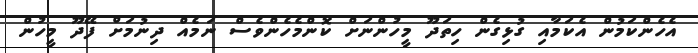
އެހެންކަމުން އެކަމާއި ގުޅިގެން ހިތަދޫ މީހުންނަށް ކޮންމެހެންވެސް ނަމެއް ދިނުމަށް ފޭދޫ މީހުން